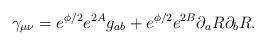
LaTeX: \begin{align*}\gamma_{\mu \nu} = e^{\phi/2} e^{2A} g_{ab} + e^{\phi/2} e^{2B}\partial_a R \partial_b R.\end{align*}